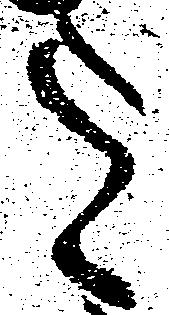
を